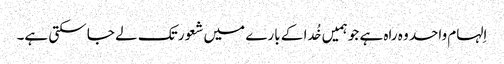
اِلہام واحد وہ راہ ہے جو ہمیں خُدا کے بارے میں شعور تک لے جا سکتی ہے۔